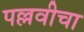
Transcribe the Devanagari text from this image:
पल्लवीचा